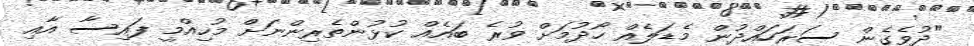
"ދުވެގެން ސަރަހައްދުން މެޑަލެއް ހޯދުމަށް ވުރެ ބައެއް ކުޅުންތެރިންނަށް މުހިއްމީ ފައިސާ އާއި